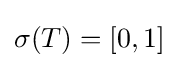
\sigma (T)=[0,1]